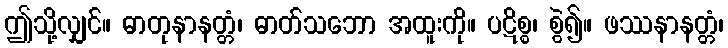
ဤသို့လျှင်။ ဓာတုနာနတ္တံ၊ ဓာတ်သဘော အထူးကို။ ပဋိစ္စ၊ စွဲ၍။ ဖဿနာနတ္တံ၊